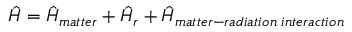
\hat { H } = \hat { H } _ { m a t t e r } + \hat { H } _ { r } + \hat { H } _ { m a t t e r - r a d i a t i o n \; i n t e r a c t i o n }